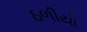
ઠળીયો